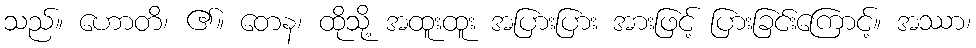
သည်။ ဟောတိ၊ ၏။ တေန၊ ထိုသို့ အထူးထူး အပြားပြား အားဖြင့် ပြားခြင်းကြောင့်။ အဿာ၊